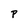
Character: P